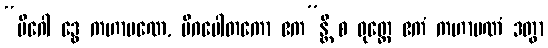
“မိဂေါ ဒွေ ကဟာပဏေ, မိဂပေါတကော ဧက”န္တိ စ ဝုတ္တေ ဧကံ ကဟာပဏံ ဒတွာ